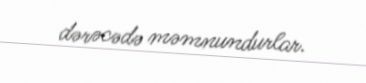
dərəcədə məmnundurlar.